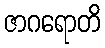
ဇာဂရောတိ